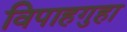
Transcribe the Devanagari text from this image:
विपाहगुहा